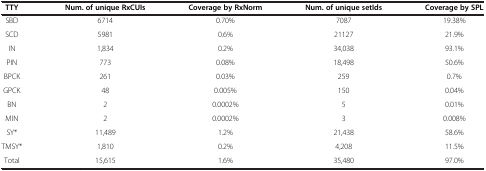
| TTY | Num. of unique RxCUIs | Coverage by RxNorm | Num. of unique setIds | Coverage by SPL |
 | --- | --- | --- | --- | --- |
 | SBD | 6714 | 0.70% | 7087 | 19.38% |
 | SCD | 5981 | 0.6% | 21127 | 21.9% |
 | IN | 1,834 | 0.2% | 34,038 | 93.1% |
 | PIN | 773 | 0.08% | 18,498 | 50.6% |
 | BPCK | 261 | 0.03% | 259 | 0.7% |
 | GPCK | 48 | 0.005% | 150 | 0.04% |
 | BN | 2 | 0.0002% | 5 | 0.01% |
 | MIN | 2 | 0.0002% | 3 | 0.008% |
 | SY* | 11,489 | 1.2% | 21,438 | 58.6% |
 | TMSY* | 1,810 | 0.2% | 4,208 | 11.5% |
 | Total | 15,615 | 1.6% | 35,480 | 97.0% |